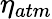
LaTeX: \eta_{atm}